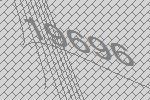
19696